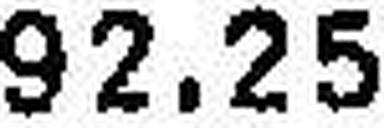
92.25